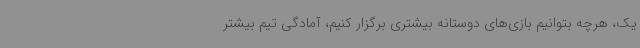
یک، هرچه بتوانیم بازی‌های دوستانه بیشتری برگزار کنیم، آمادگی تیم بیشتر